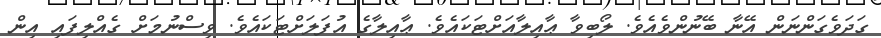
ގަދަވެގަންނަން އޭނާ ބޭނުންވެއެވެ. ލޯބިވާ ޢާއިލާއަށްޓަކައެވެ. ޢާއިލާގެ އުފަލަށްޓަކައެވެ. ވިސްނުމަށް ގެއްލިފައި އިން